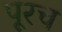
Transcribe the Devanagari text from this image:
पूरच